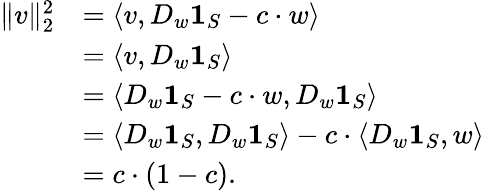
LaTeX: \begin{array}{rl}{\| v\| _{2}^{2}}&{=\langle v,D_{w}\mathbf{1}_{S}-c\cdot w\rangle}\\ &{=\langle v,D_{w}\mathbf{1}_{S}\rangle}\\ &{=\langle D_{w}\mathbf{1}_{S}-c\cdot w,D_{w}\mathbf{1}_{S}\rangle}\\ &{=\langle D_{w}\mathbf{1}_{S},D_{w}\mathbf{1}_{S}\rangle-c\cdot\langle D_{w}\mathbf{1}_{S},w\rangle}\\ &{=c\cdot(1-c).}\end{array}